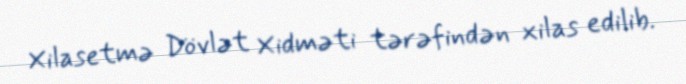
Xilasetmə Dövlət Xidməti tərəfindən xilas edilib.